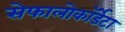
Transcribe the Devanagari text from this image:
सेफालोकॉर्डेटा